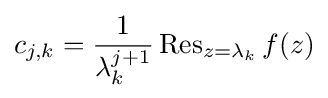
c_{j,k}={\frac {1}{\lambda _{k}^{j+1}}}\operatorname {Res} _{z=\lambda _{k}}f(z)